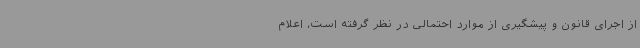
از اجرای قانون و پیشگیری از موارد احتمالی در نظر گرفته است، اعلام